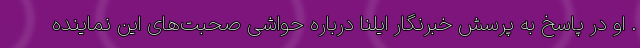
. او در پاسخ به پرسش خبرنگار ایلنا درباره حواشی صحبت‌های این نماینده